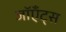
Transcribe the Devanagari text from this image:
जॉएँट्स